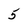
Character: 5